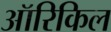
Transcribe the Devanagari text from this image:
ऑरिकिल